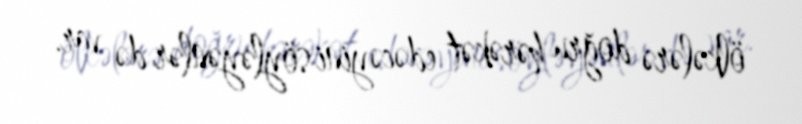
ölkələrə doğru hərəkət edəcəyini söyləyənlər də var.